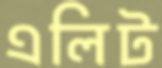
এলিট